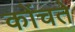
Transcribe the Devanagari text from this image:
कोंचते